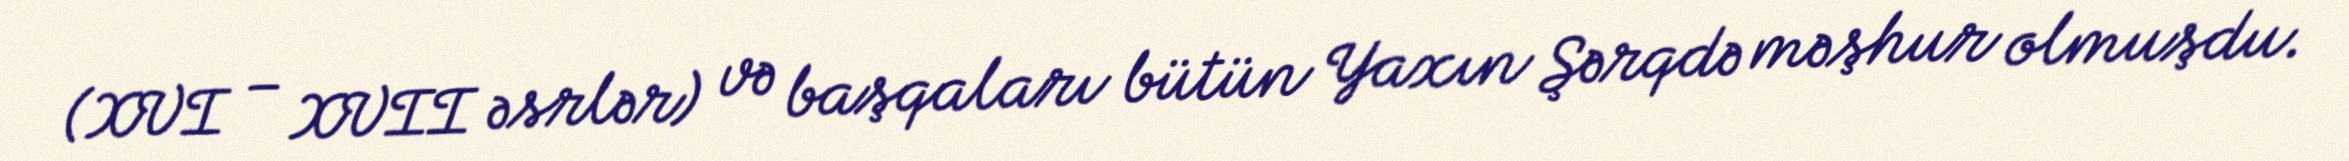
(XVI – XVII əsrlər) və başqaları bütün Yaxın Şərqdə məşhur olmuşdu.